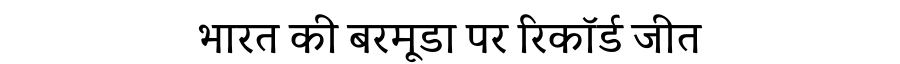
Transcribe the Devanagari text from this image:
भारत की बरमूडा पर रिकॉर्ड जीत